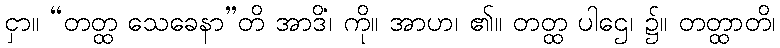
ငှာ။ “တတ္ထ သေခေနာ”တိ အာဒိံ၊ ကို။ အာဟ၊ ၏။ တတ္ထ ပါဌေ၊ ၌။ တတ္ထာတိ၊